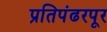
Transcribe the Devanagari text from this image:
प्रतिपंढरपूर